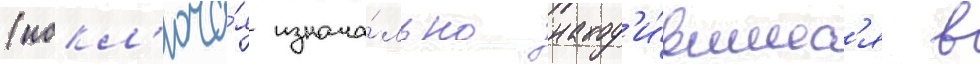
(искл'юча́я изнача́льно наход'и́вшиес'я в